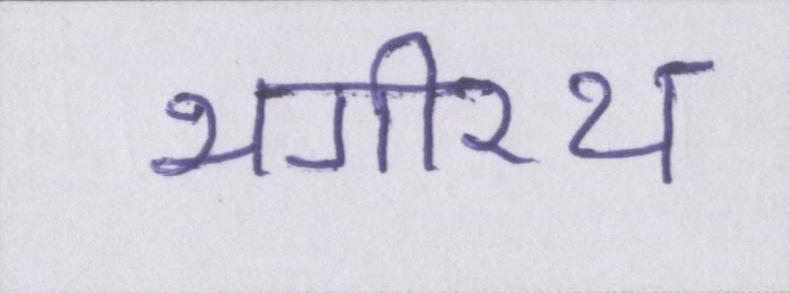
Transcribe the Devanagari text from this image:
भगीरथ